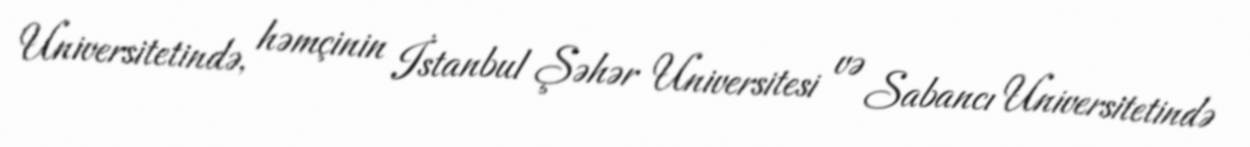
Universitetində, həmçinin İstanbul Şəhər Universitesi və Sabancı Universitetində